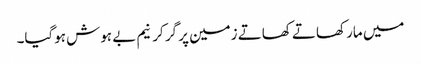
میں مار کھاتے کھاتے زمین پر گر کر نیم بے ہوش ہوگیا۔